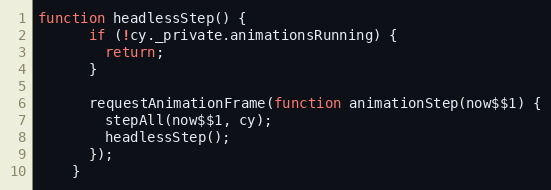
Language: JavaScript
function headlessStep() {
      if (!cy._private.animationsRunning) {
        return;
      }

      requestAnimationFrame(function animationStep(now$$1) {
        stepAll(now$$1, cy);
        headlessStep();
      });
    }